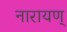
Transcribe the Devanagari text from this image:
नारायण्